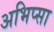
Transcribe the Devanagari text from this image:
अभिप्सा